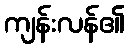
ကျန်းလန်၏